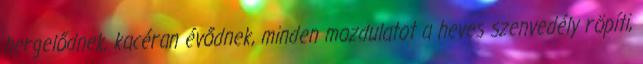
hergelődnek, kacéran évődnek, minden mozdulatot a heves szenvedély röpíti,